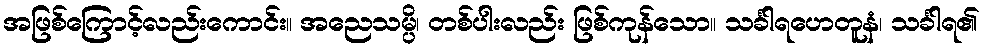
အဖြစ်ကြောင့်လည်းကောင်း။ အညေသမ္ပိ၊ တစ်ပါးလည်း ဖြစ်ကုန်သော။ သင်္ခါရဟေတူနံ၊ သင်္ခါရ၏